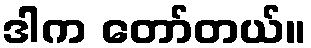
ဒါက တော်တယ်။